Vaccination in the Punjab 1905-1918 - 1905-1918
Year: 1905
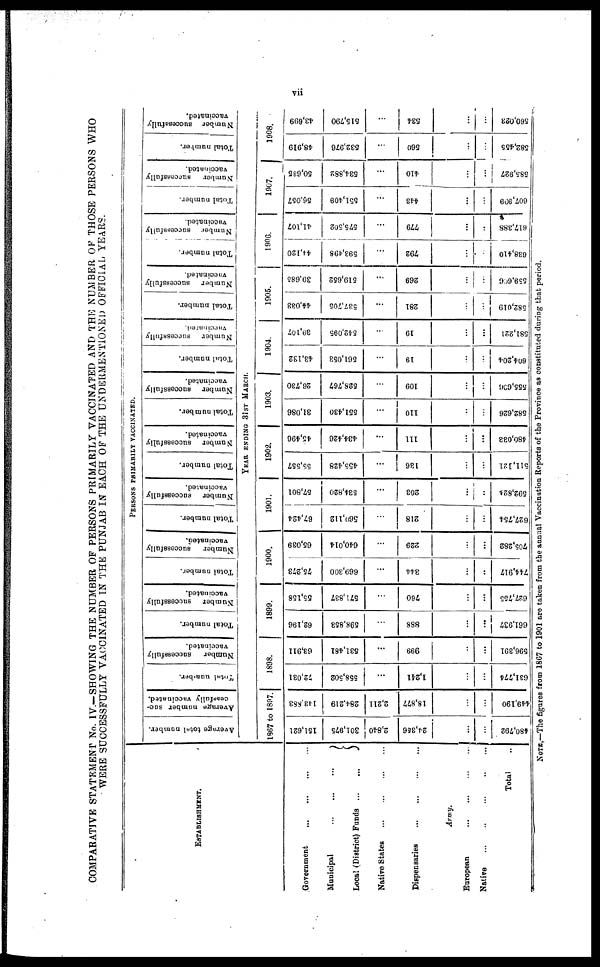
vii
COMPARATIVE STATEMENT No. IV.—SHOWING THE NUMBER OF PERSONS PRIMARILY VACCINATED AND THE NUMBER OF THOSE PERSONS WHO
WERE SUCCESSFULLY VACCINATED IN THE PUNJAB IN EACH OF THE UNDERMENTIONED OFFICIAL YEARS.
ESTABLISHMENT.
Government
...
...
...
...
Municipal
...
...
...
Local (District) Funds
...
...
Native States
...
...
...
...
Dispensaries
...
...
...
...
Army.
European
...
...
...
...
Native
...
..
...
..
...
Total ..
PERSONS PRIMARILY VACCINATED.
Average total number.
Average number suc-
cessfully vaccinated.
Total number.
Number
successfully
vaccinated.
Total number.
Number
successfully
vaccinated.
Total number.
Number
successfully
vaccinated.
Total number.
Number
successfully
vaccinated.
Total number.
Number
successfully
vaccinated.
Total number.
Number
successfully
vaccinated.
Total number.
Number
successfully
vaccinated.
Total number.
Number
successfully
vaccinated.
Total number.
Number
successfully
vaccinated.
Total number.
Number
successfully
vaccinated.
Total number.
Number successfully
vaccinated.
YEAR ENDING 31ST MARCH.
1867 to 1897.
151,621
301,975
2,840
24,356
...
...
480,792
143,883
284,219
2,211
18,877
...
...
449,190
1898.
72,031
558,502
...
1,241
...
...
631,774
63,911
531,481
...
999
...
...
596,391
1899.
62,196
598,853
...
888
...
...
661,937
55,158
571,837
...
760
...
...
627,755
1900.
75,273
669,300
...
344
...
...
744,917
65,039
640,014
...
229
...
...
705,282
1901.
67,424
569,112
...
218
...
...
627,754
57,801
534,820
...
203
...
...
592,824
1902.
55,557
455,428
...
136
...
...
511,121
45,496
434,426
...
111
...
...
480,033
1903.
31,086
551,430
...
110
...
...
582,626
26,730
528,767
...
109
...
...
555,606
1904.
43,132
561,053
...
19
...
...
604,204
39,107
542,095
...
19
...
...
581,221
1905.
44,033
537,705
...
281
...
...
582,019
39,685
519,652
...
269
...
...
559,606
1906.
44,120
593,498
...
792
...
...
638,410
41,107
575,502
...
779
...
...
617,388
1907.
56,057
551,409
...
443
...
...
607,909
50,635
534,882
...
410
...
...
585,927
1908.
48,919
532,976
...
560
...
...
582,455
43,699
515,790
...
534
...
...
560,023
Note.—The figures from 1867 to 1901 are taken from the annnal Vaccination Reports of the Province as constituted during that period.